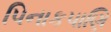
પિનાકપાણિ